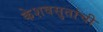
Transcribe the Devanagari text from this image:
केशवसुतांची